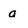
Character: a